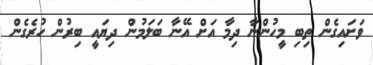
ވަށައިގެން ތިބި މީހުންނާ ދިމާ އަށް އޭނާ ބަލަމުން ދިޔައީ ބިރުން ހުރެގެން